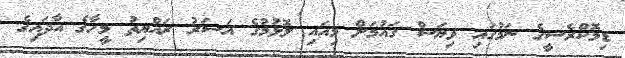
ޑިމޮކްރެސީގެ ނަމުގައި ވިޔަސް ގައުމަށް މިއައި ލޮޅުމުގެ އަސަރު ރައްޔިތު މީހާގެ އާދައިގެ